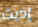
إديث